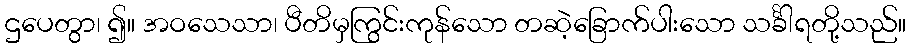
ဌပေတွာ၊ ၍။ အဝသေသာ၊ ပီတိမှကြွင်းကုန်သော တဆဲ့ခြောက်ပါးသော သင်္ခါရတို့သည်။